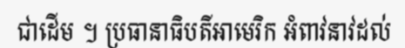
ជាដើម ។ ប្រធានាធិបតីអាមេរិក អំពាវនាវដល់